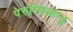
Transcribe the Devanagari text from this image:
पेरुन्चिलाम्बू